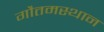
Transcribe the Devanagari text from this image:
गौतमस्थान